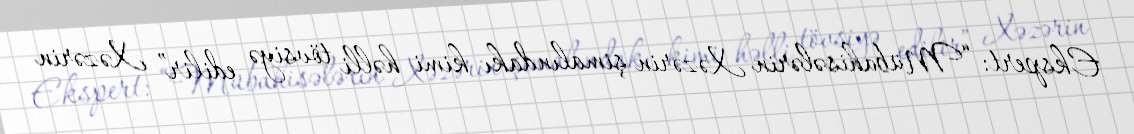
Ekspert: “Mübahisələrin Xəzərin şimalındakı kimi həlli tövsiyə edilir” Xəzərin